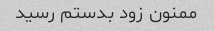
ممنون زود بدستم رسید